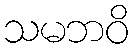
သမဘဝိ